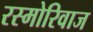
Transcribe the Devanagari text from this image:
रस्मोरिवाज